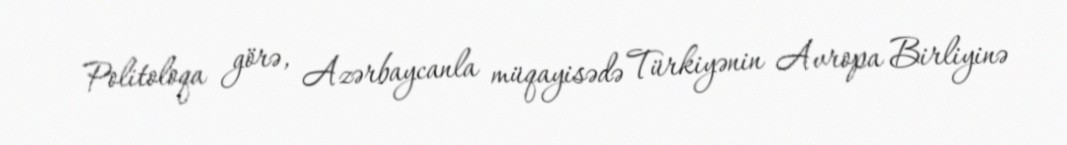
Politoloqa görə, Azərbaycanla müqayisədə Türkiyənin Avropa Birliyinə